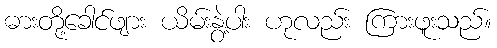
ဓားတို့ခေါင်ဖျား ယိမ်းနွဲ့ပါး ဟုလည်း ကြားဖူးသည်။